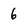
Character: 6